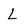
Character: L